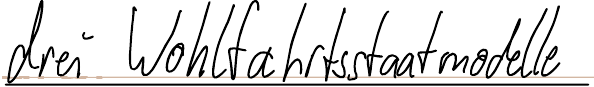
drei Wohlfahrtsstaatmodelle